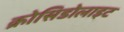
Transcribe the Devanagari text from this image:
क्रोसिडोलाइट